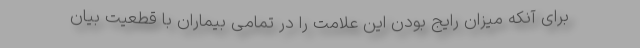
برای آنکه میزان رایج بودن این علامت را در تمامی بیماران با قطعیت بیان